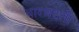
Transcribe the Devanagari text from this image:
बारबदली